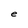
Character: e